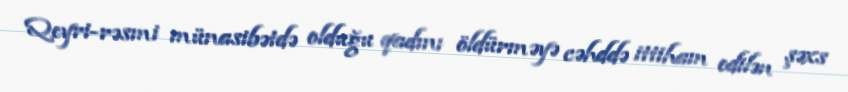
Qeyri-rəsmi münasibətdə olduğu qadını öldürməyə cəhddə ittiham edilən şəxs